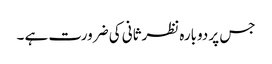
جس پر دوبارہ نظرثانی کی ضرورت ہے ۔